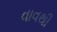
વાવથી